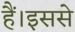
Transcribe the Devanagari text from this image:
हैं।इससे